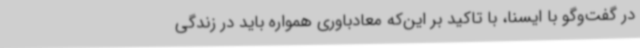
در گفت‌وگو با ایسنا، با تاکید بر این‌که معادباوری همواره باید در زندگی